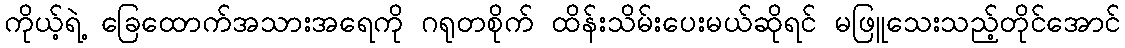
ကိုယ့်ရဲ့ ခြေထောက်အသားအရေကို ဂရုတစိုက် ထိန်းသိမ်းပေးမယ်ဆိုရင် မဖြူသေးသည့်တိုင်အောင်